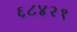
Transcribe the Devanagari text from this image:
६८४२१